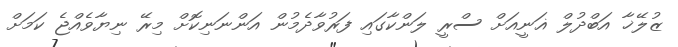
ޒުލޭޚާ އަބްދުުލް ޣަނީއަށް ސްރީ ލަންކާގައި ފަރުވާދެމުން އަންނަނިކޮށް މިރޭ ނިޔާވެއްޖެ ކަމަށް